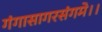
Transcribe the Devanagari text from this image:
गंगासागरसंगमे।।